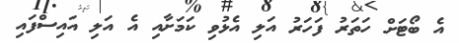
އެ ބޯޓަށް ހަތަރު ފަހަރު އަލި އެޅުވި ކަމަށާއި އެ އަލި އައިސްފައި